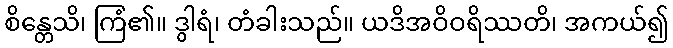
စိန္တေသိ၊ ကြံ၏။ ဒွါရံ၊ တံခါးသည်။ ယဒိအဝိဝရိဿတိ၊ အကယ်၍